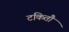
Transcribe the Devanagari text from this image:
टकितौ